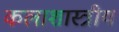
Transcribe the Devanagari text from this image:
कलाशास्त्रीय